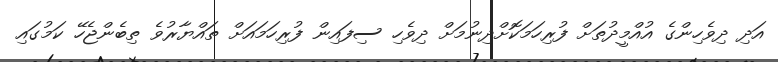
އަދި ދިވެހިންގެ އުއްމީދުތަށް ފުރިހަމަކޮށްދިނުމަށް ދިވެހި ސިފައިން ފުރިހަމައަށް ތައްޔާރުވެ ތިބެންޖެހޭ ކަމުގައި